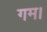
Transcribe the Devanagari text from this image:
गम।